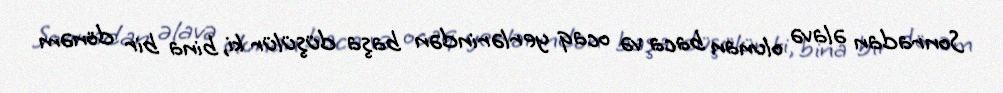
Sonradan əlavə olunan baca və ocaq yerlərindən başa düşülür ki, bina bir dönəm